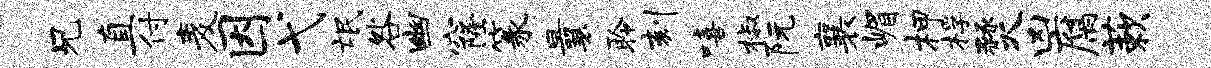
兄直付麦因弋氓咎幽窿篆曩聆刻嘻椒阮襄嵋柙桴燹凶腐蔌